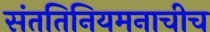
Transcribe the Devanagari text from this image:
संततिनियमनाचीच